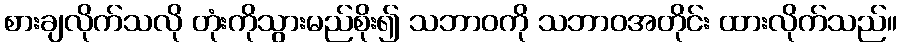
စားချလိုက်သလို တုံးကိုသွားမည်စိုး၍ သဘာဝကို သဘာဝအတိုင်း ထားလိုက်သည်။